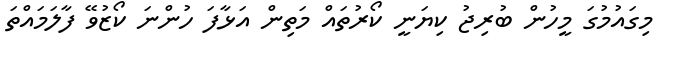
މިގައުމުގަ މީހުން ބުރިޖު ކިޔަނީ ކޯރުތައް މަތިން އަޅާފަ ހުންނަ ކޯޒުވޭ ފާލަމައްތަ